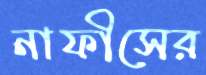
নাফীসের